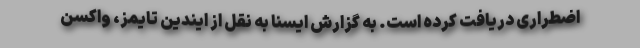
اضطراری دریافت کرده است. به گزارش ایسنا به نقل از ایندین تایمز، واکسن